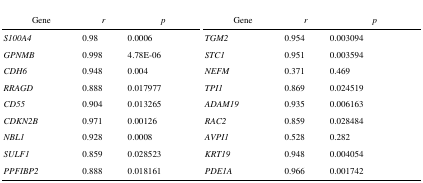
| Gene | r | p | Gene | r | p |
 | --- | --- | --- | --- | --- | --- |
 | S100A4 | 0.98 | 0.0006 | TGM2 | 0.954 | 0.003094 |
 | GPNMB | 0.998 | 4.78E-06 | STC1 | 0.951 | 0.003594 |
 | CDH6 | 0.948 | 0.004 | NEFM | 0.371 | 0.469 |
 | RRAGD | 0.888 | 0.017977 | TPI1 | 0.869 | 0.024519 |
 | CD55 | 0.904 | 0.013265 | ADAM19 | 0.935 | 0.006163 |
 | CDKN2B | 0.971 | 0.00126 | RAC2 | 0.859 | 0.028484 |
 | NBL1 | 0.928 | 0.0008 | AVPI1 | 0.528 | 0.282 |
 | SULF1 | 0.859 | 0.028523 | KRT19 | 0.948 | 0.004054 |
 | PPFIBP2 | 0.888 | 0.018161 | PDE1A | 0.966 | 0.001742 |